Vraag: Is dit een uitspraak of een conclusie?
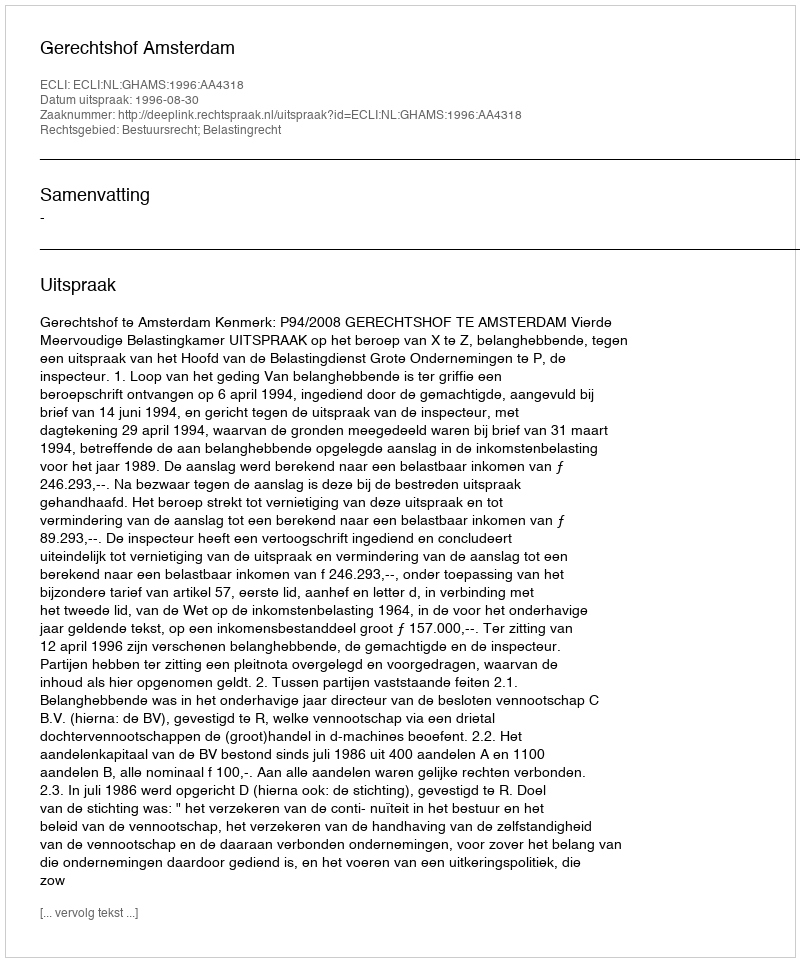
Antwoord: Uitspraak